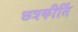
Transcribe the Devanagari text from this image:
छत्रकीर्ति